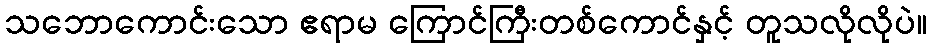
သဘောကောင်းသော ဧရာမ ကြောင်ကြီးတစ်ကောင်နှင့် တူသလိုလိုပဲ။